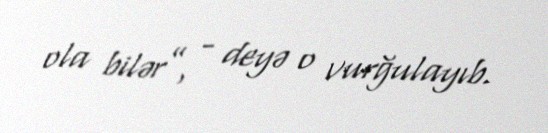
ola bilər”, - deyə o vurğulayıb.